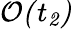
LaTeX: \cal{{O}(t_{2})}